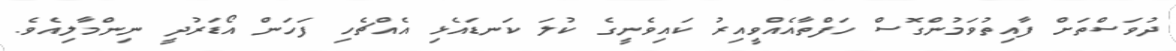
ދުވަސްތަަށް ފާއިތުވަމުންގޮސް ހަފްތާއެއްވީއިރު ކައިވެނީގެ ކުލަ ކަނޑައެޅި އެއްޗެހި ފަހަން އޯޑަރުދީ ނިންމާލިއެވެ.